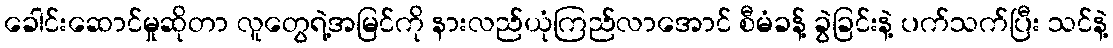
ခေါင်းဆောင်မှုဆိုတာ လူတွေရဲ့အမြင်ကို နားလည်ယုံကြည်လာအောင် စီမံခန့် ခွဲခြင်းနဲ့ ပက်သက်ပြီး သင်နဲ့